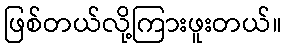
ဖြစ်တယ်လို့ကြားဖူးတယ်။